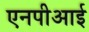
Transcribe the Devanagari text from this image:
एनपीआई